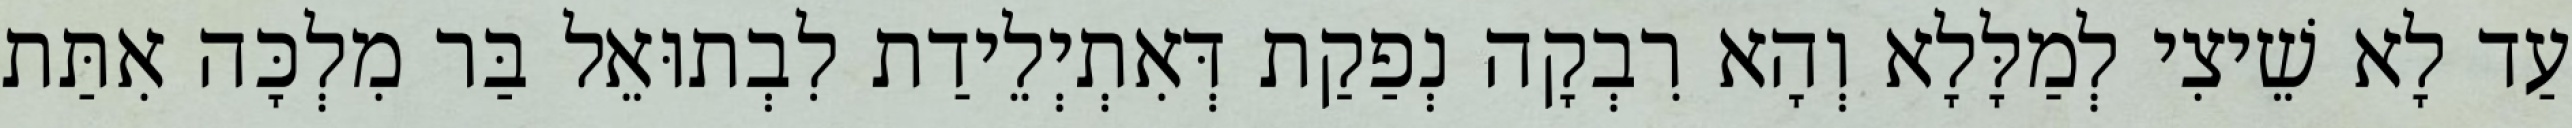
עַד לָא שֵׁיצִי לְמַלָּלָא וְהָא רִבְקָה נְפַקַת דְּאִתְיְלֵידַת לִבְתוּאֵל בַּר מִלְכָּה אִתַּת